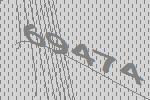
69474